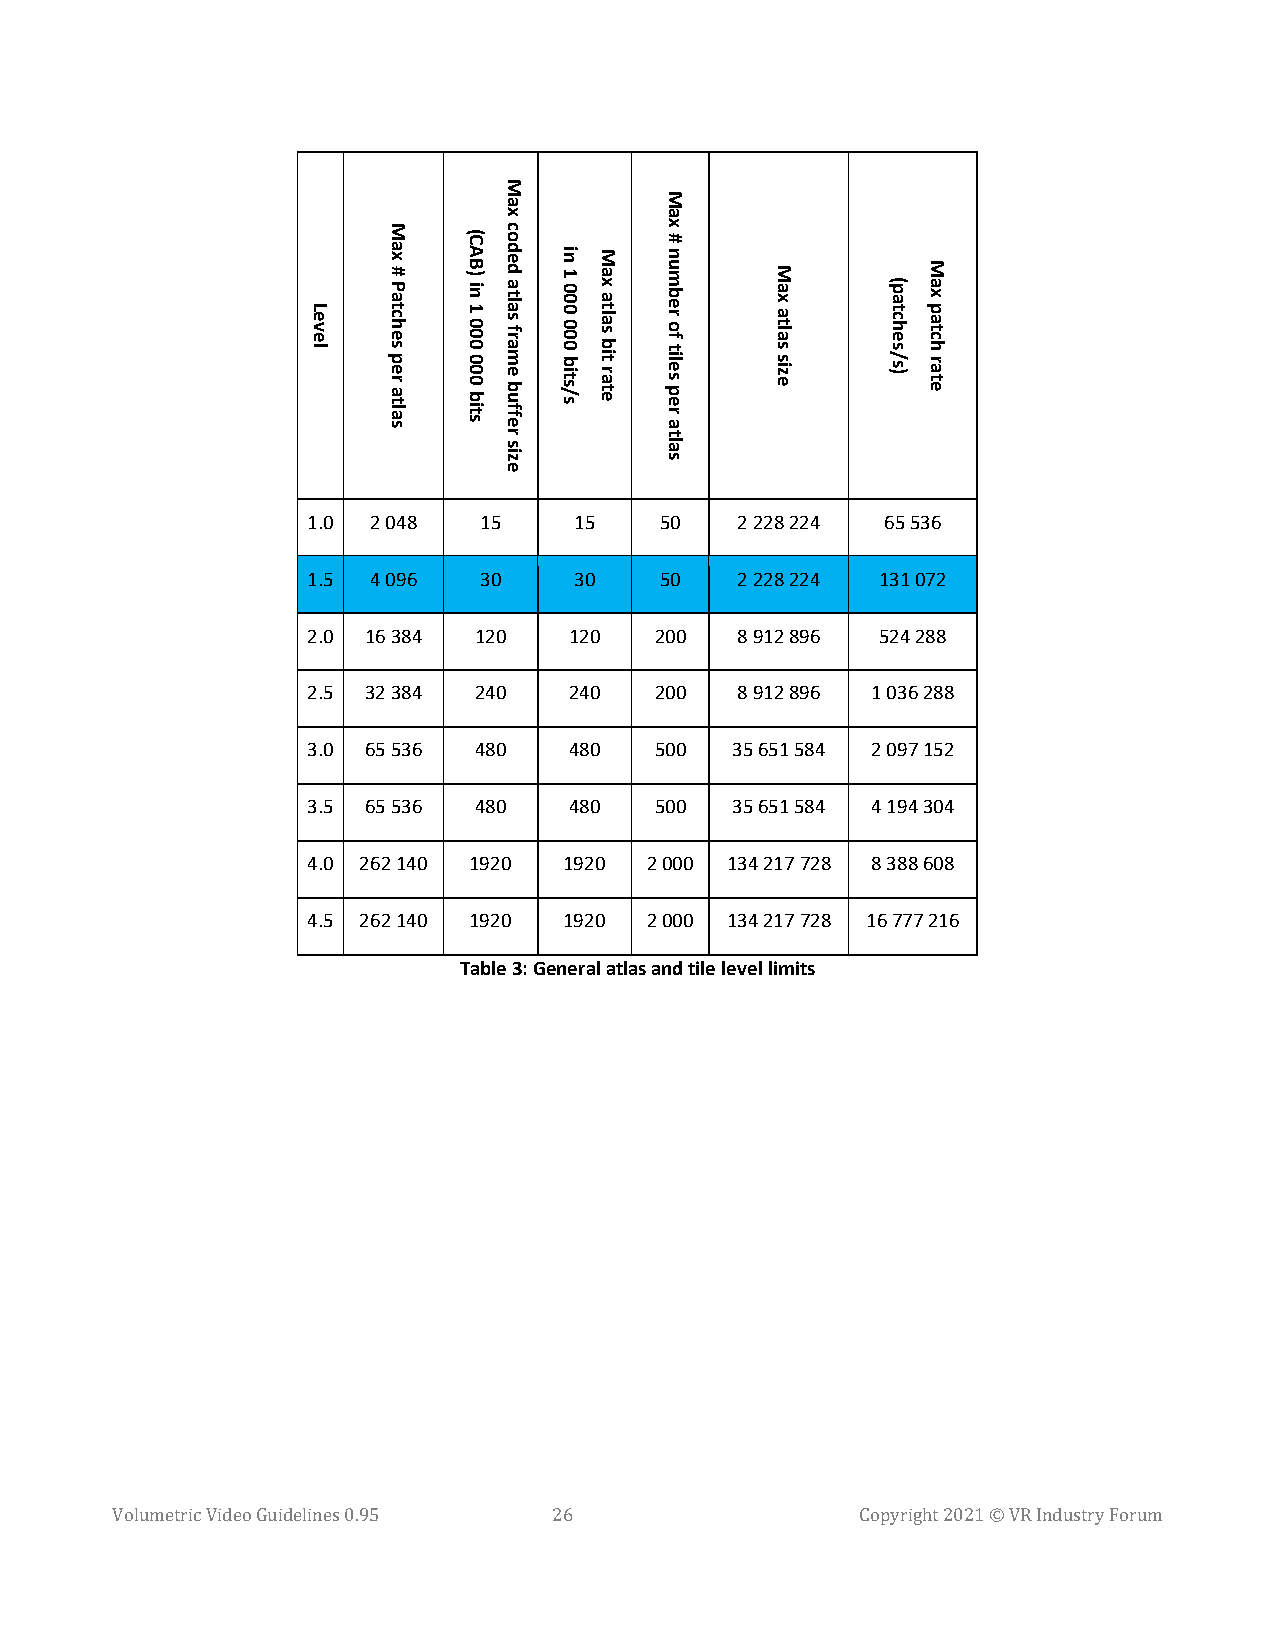
1.0 2 048   15    15    50   2 228 224 65 536
 1.5 4 096   30    30    50   2 228 224 131 072
 2.0 16 384 120    120  200   8 912 896 524 288
 2.5 32 384 240    240  200   8 912 896 1 036 288
 3.0 65 536 480    480  500  35 651 584 2 097 152
 3.5 65 536 480    480  500  35 651 584 4 194 304
 4.0 262 140 1920 1920  2 000 134 217 728 8 388 608
 4.5 262 140 1920 1920  2 000 134 217 728 16 777 216
 Table 3: General atlas and tile level limits
 Volumetric Video Guidelines 0.95 26               Copyright 2021 © VR Industry Forum
 Level
 Max
 #
 Patches
 per
 atlas
 (CAB)
 in
 1
 000
 000
 bits
 Max
 coded
 atlas
 frame
 buffer
 size
 in
 1
 000
 000
 bits/s
 Max
 atlas
 bit
 rate
 Max
 #
 number
 of
 tiles
 per
 atlas
 Max
 atlas
 size
 (patches/s)
 Max
 patch
 rate